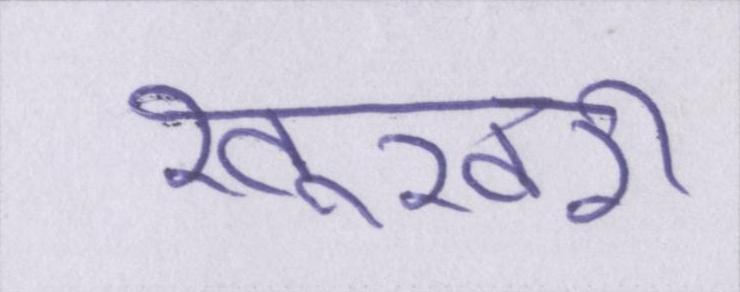
खूखरी